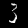
Digit: 3